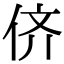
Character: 侪